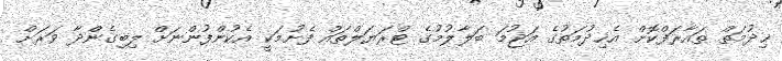
ޚިދުމަތް ތައާރަފްކޮށް އެޚިދުމަތުގެ އަޖުމަ ބަލާލުމުގެ ޓްރަޔަލްތައް ފެށުމަކީ އެކުންފުންނަށް ލިބިގެންދާ ވަރަށް